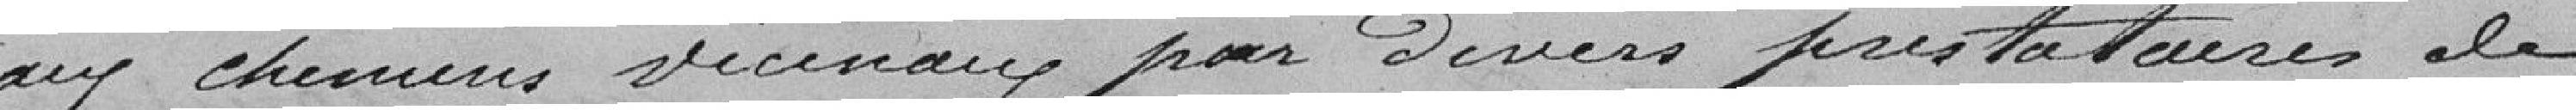
aux chemins vicinaux par divers prestataires de